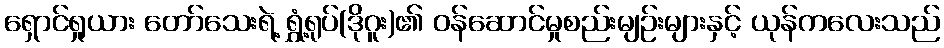
ရှောင်ရှုယား တော်သေးရဲ့ ရွှံ့ရုပ်(ဒိုဂူး)၏ ဝန်ဆောင်မှုစည်းမျဉ်းများနှင့် ယုန်ကလေးသည်